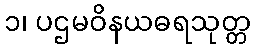
၁၊ ပဌမဝိနယဓရသုတ္တ